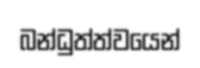
බන්ධුත්ත්වයෙන්